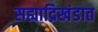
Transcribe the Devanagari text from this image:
सह्याद्रिखंडात